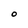
Character: O